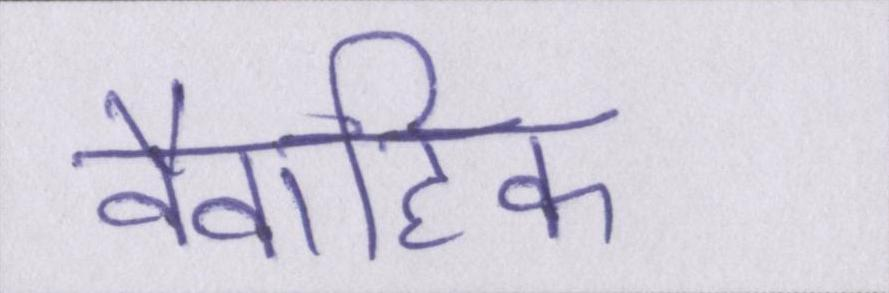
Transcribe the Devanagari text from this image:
वैवाहिक